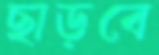
ছাড়বে